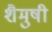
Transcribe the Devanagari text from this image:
शैमुषी